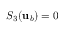
S _ { 3 } ( { \mathbf { u } } _ { b } ) = 0